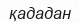
қададан